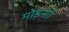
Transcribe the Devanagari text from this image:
मोड़ना।